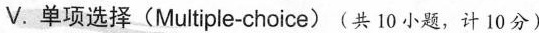
V. 单项选择(Multiple-choice)(共 10小题,计，10分)